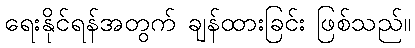
ရေးနိုင်ရန်အတွက် ချန်ထားခြင်း ဖြစ်သည်။